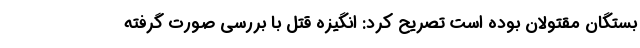
بستگان مقتولان بوده است تصریح کرد: انگیزه قتل با بررسی صورت گرفته